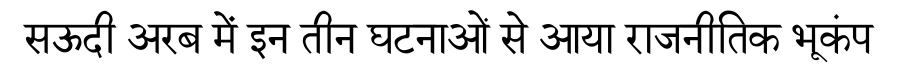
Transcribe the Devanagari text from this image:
सऊदी अरब में इन तीन घटनाओं से आया राजनीतिक भूकंप